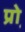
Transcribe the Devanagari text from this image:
प्रो़